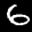
Label: 6